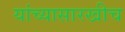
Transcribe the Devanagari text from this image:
यांच्यासारखीच